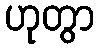
ဟုတွာ